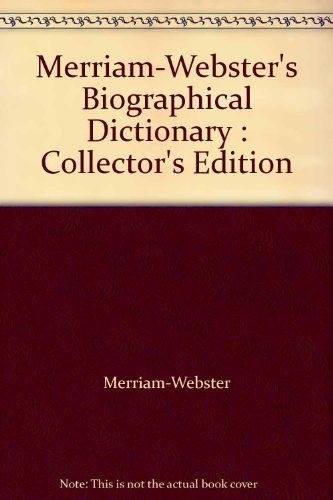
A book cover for Merriam-Webster's Biographical Dictionary : Collector's Edition; Merriam-Webster; Biographies & Memoirs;